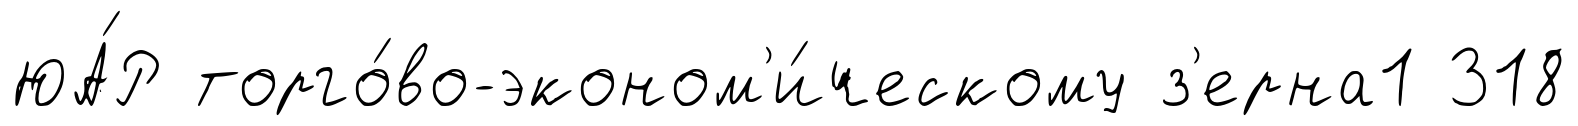
ЮА́Р торго́во-эконом'и́ческому з'ерна1 318